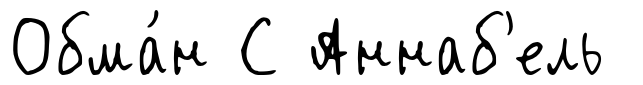
Обма́н С Аннаб'ель